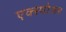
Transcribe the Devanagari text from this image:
एक्‍स्पोजर